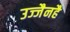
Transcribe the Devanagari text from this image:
उज्जैनहै